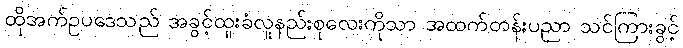
ထိုအက်ဥပဒေသည် အခွင့်ထူးခံလူနည်းစုလေးကိုသာ အထက်တန်းပညာ သင်ကြားခွင့်